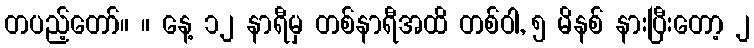
တပည့်တော်။ ။ နေ့ ၁၂ နာရီမှ တစ်နာရီအထိ တစ်ဝါ, ၅ မိနစ် နားပြီးတော့ ၂